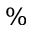
\%